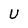
Character: U